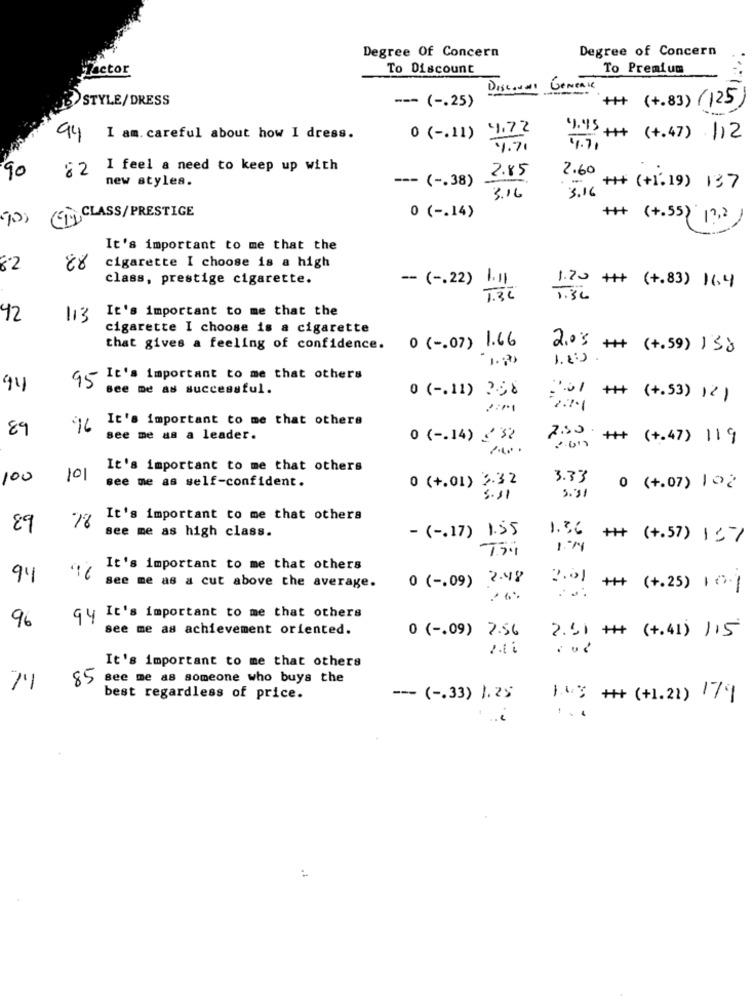
Degree Of Concern
Degree of Concern
actor
To Discount
To Premium
Geneale
DISCOUNT
STYLE/DRESS
--- ( -. 25)
++ (+.83) ( 125)
4.72
94
I am. careful about how I dress.
0 ( -. 11)
1.45 ++ (+.47) 112
4.71
4.71
90
§ 2 I feel a need to keep up with
2.85
2.60
new styles.
--- ( -. 38)
3 .16
++ (+1.19) 137
3.16
< CLASS/PRESTIGE
0 ( -. 14)
t (+.55) 17,2
It's important to me that the
82
88
cigarette I choose is a high
class, prestige cigarette.
-- ( -. 22) 1.11
1.20 ++ (+.83) 11,4
T.BL
1.36
It's important to me that the
42
113
cigarette I choose is a cigarette
that gives a feeling of confidence.
0 ( -. 07) 1.66
2.03 ++ (+.59) 150
1.80
1.20.
95
It's important to me that others
94
see me as successful.
0 ( -. 11) 2.58
1.51 ++ (+.53) 12)
It's important to me that others
89
16
see me as a leader.
0 ( -. 14) ≤ 32
7.50 +++ (+.47) 119
It's important to me that others
100
101
see me as self-confident.
0 (+.01) 2.32
3.33
0 (+.07) 102
5.11
5.31
It's important to me that others
89
78
see me as high class.
- ( -. 17) 1.55
1.36 + (+.57) 157
1.14
It's important to me that others
94
"6
0 ( -. 09) 2.48
see me as a cut above the average.
2.01 + (+.25) 10%
96
q4 It's important to me that others
see me as achievement oriented.
0 ( -. 09) 2.56
2.51 ++ (+.41) 115
It's important to me that others
85 see me as someone who buys the
best regardless of price.
--- ( -. 33) 1.25
1.4% * (+1.22) 179
...